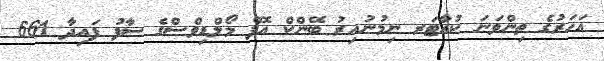
އަހަރުގެ ތިންވަނަ ކުއާޓަރ ނިމުނުއިރު ބޭންކް އޮފް މޯލްޑިވްސްގެ ސާފު ފައިދާ 661